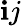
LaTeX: \mathbf{i}j